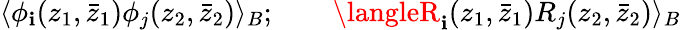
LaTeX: \langle\phi_{\mathbf{i}}(z_{1},\bar{{z}}_{1})\phi_{j}(z_{2},\bar{{z}}_{2})\rangle_{B};\qquad\langleR_{\mathbf{i}}(z_{1},\bar{{z}}_{1})R_{j}(z_{2},\bar{{z}}_{2})\rangle_{B}